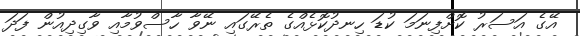
އޭގެ އަސަރު ކޮށްފިނަމަ ކުޑަ ހިނދުކޮޅެއްގެ ތެރޭގައި ނޭވާ ހާސްވުމާއި ވާގިދިއުން ފަދަ